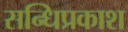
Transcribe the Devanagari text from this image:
सन्धिप्रकाश